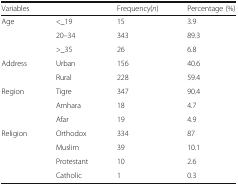
| <COLSPAN=2> Variables | Frequency(n) | Percentage (%) |
 | --- | --- | --- | --- |
 | <ROWSPAN=3> Age | <_19 | 15 | 3.9 |
 | 20–34 | 343 | 89.3 |
 | >_35 | 26 | 6.8 |
 | <ROWSPAN=2> Address | Urban | 156 | 40.6 |
 | Rural | 228 | 59.4 |
 | <ROWSPAN=3> Region | Tigre | 347 | 90.4 |
 | Amhara | 18 | 4.7 |
 | Afar | 19 | 4.9 |
 | <ROWSPAN=4> Religion | Orthodox | 334 | 87 |
 | Muslim | 39 | 10.1 |
 | Protestant | 10 | 2.6 |
 | Catholic | 1 | 0.3 |